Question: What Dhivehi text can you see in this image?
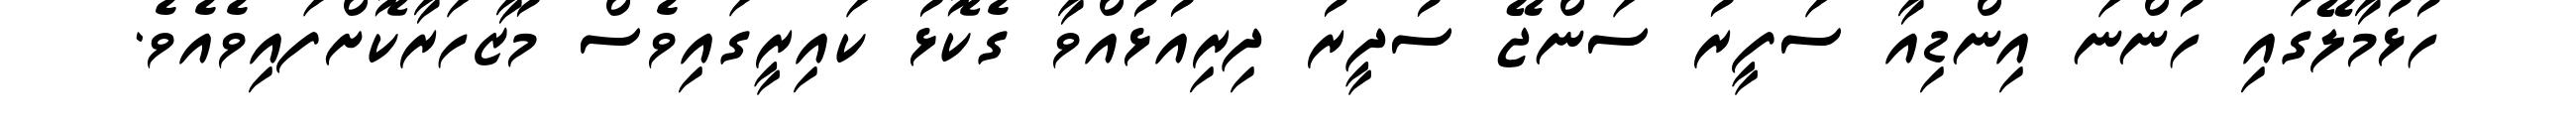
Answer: ހުޅުމާލޭގައި ހުންނަ އިންޑިއާ ސަފީރު ސަންޖޭ ސުދީރު ދިރިއުޅުއްވާ ގެކޮޅު ކައިރީގައިވެސް މުޒާހަރާކޮށްފައިވެއެވެ.